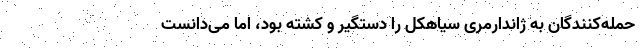
حمله‌کنندگان به ژاندارمری سیاهکل را دستگیر و کشته بود، اما می‌دانست